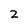
Character: 2